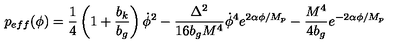
p _ { e f f } ( \phi ) = \frac { 1 } { 4 } \left( 1 + \frac { b _ { k } } { b _ { g } } \right) \dot { \phi } ^ { 2 } - \frac { \Delta ^ { 2 } } { 1 6 b _ { g } M ^ { 4 } } \dot { \phi } ^ { 4 } e ^ { 2 \alpha \phi / M _ { p } } - \frac { M ^ { 4 } } { 4 b _ { g } } e ^ { - 2 \alpha \phi / M _ { p } }